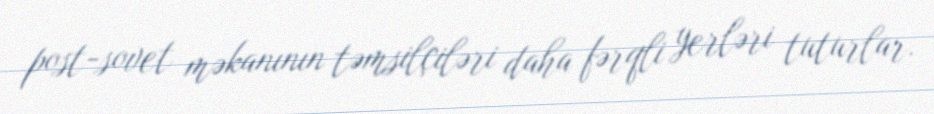
post-sovet məkanının təmsilçiləri daha fərqli yerləri tuturlar.